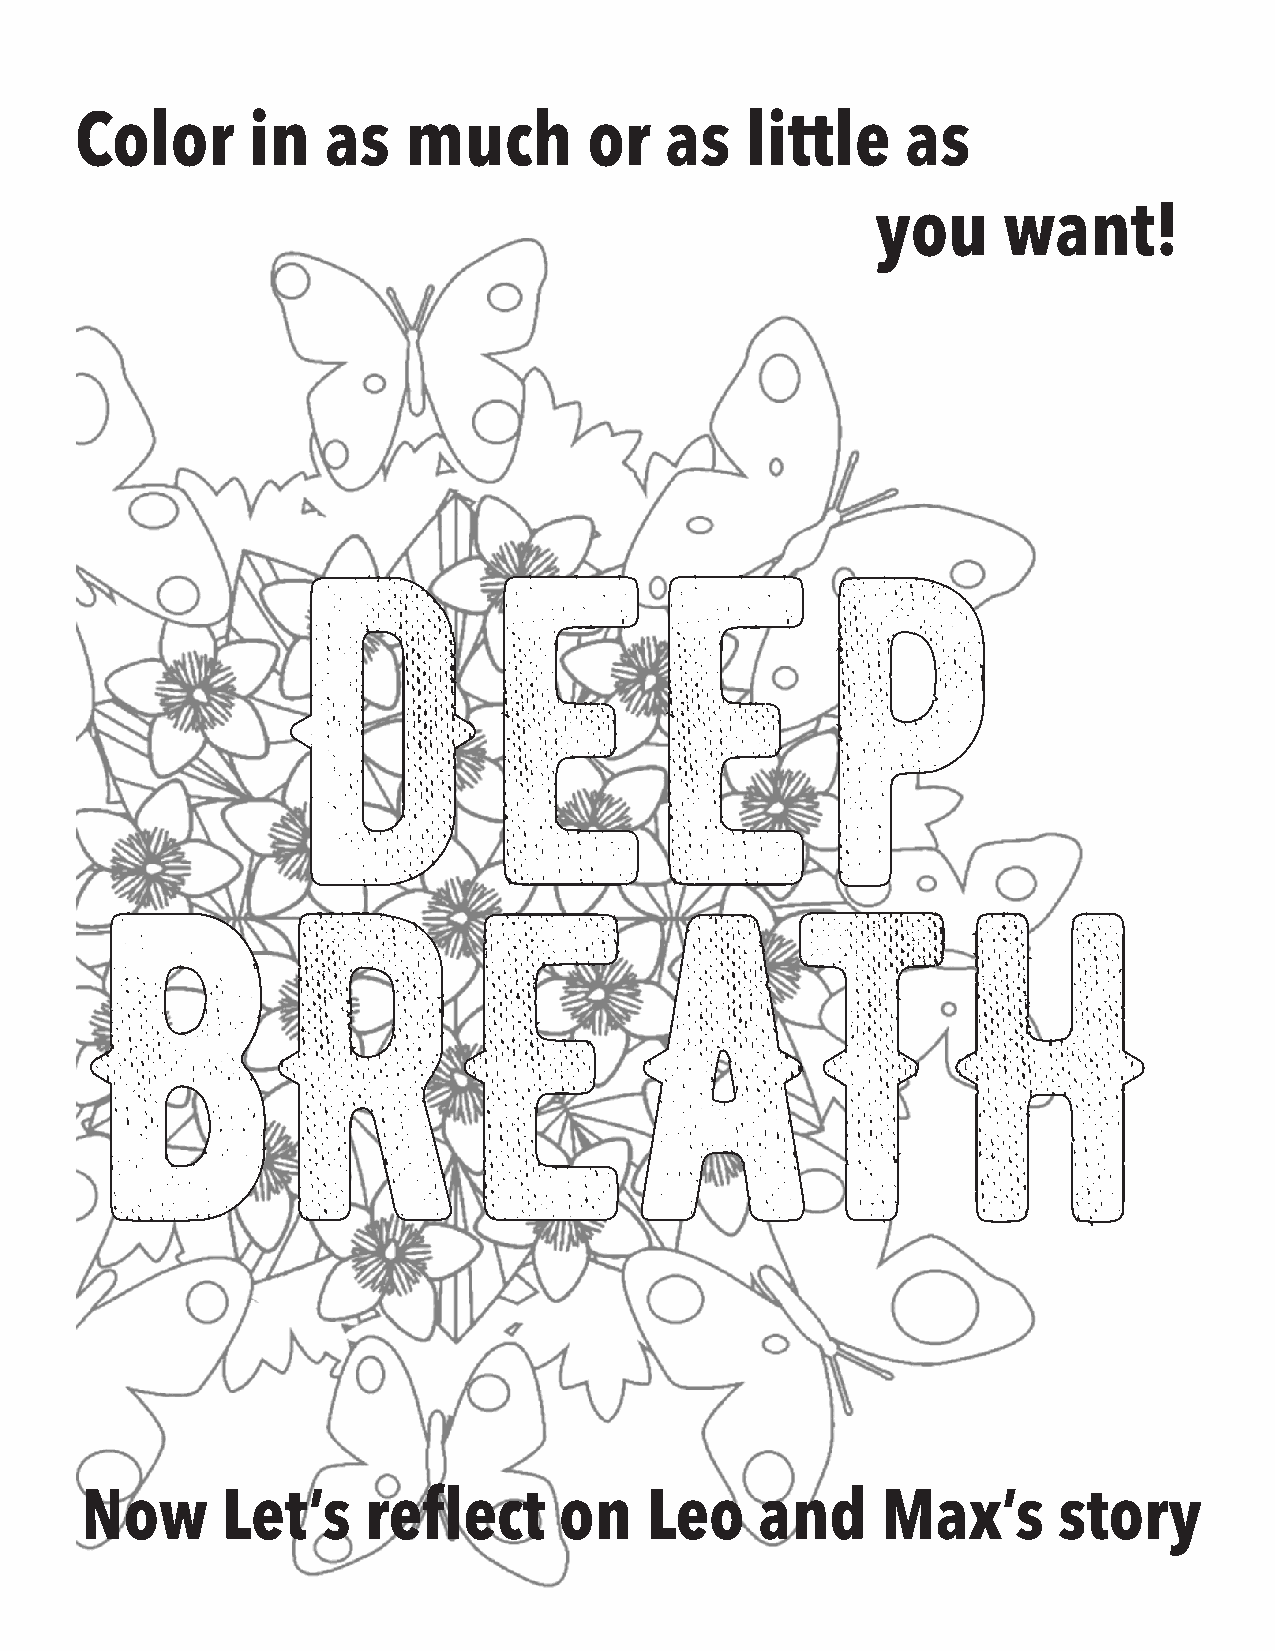
Color      in    as   much        or   as   little     as
 you     want!
 Deep
 BREATH
 Now       Let’s    reflect      on    Leo    and     Max’s       story